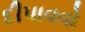
દીપાવવો